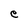
Character: e